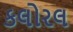
કલોરલ